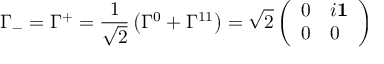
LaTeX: \Gamma _ { - } = \Gamma ^ { + } = { \frac { 1 } { \sqrt { 2 } } } \left( \Gamma ^ { 0 } + \Gamma ^ { 1 1 } \right) = \sqrt { 2 } \left( \begin{array} { l l } { { 0 } } & { { i \bf { 1 } } } \\ { { 0 } } & { { 0 } } \end{array} \right)